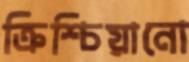
ক্রিশ্চিয়ানো